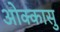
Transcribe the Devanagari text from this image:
ओक्कासु